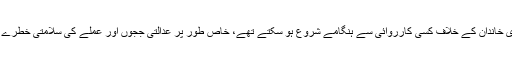
کراچی میں زرداری خاندان کے خلاف کسی کارروائی سے ہنگامے شروع ہو سکتے تھے، خاص طور پر عدالتی ججوں اور عملے کی سلامتی خطرے میں پڑ سکتی تھی۔